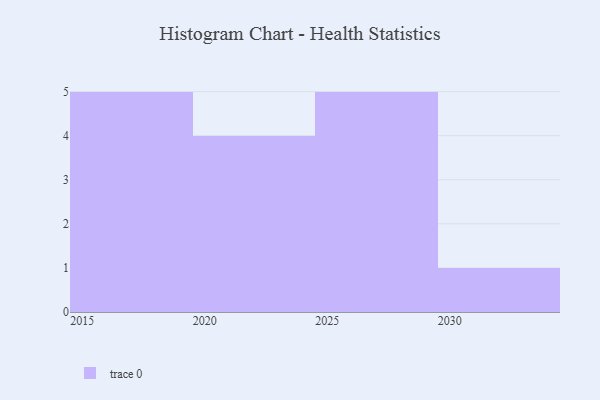
{"axis": {"x": "Year", "y": "Market Share (%)"}, "legend": [""], "data": [{"x": "2026", "y": 61, "type": ""}, {"x": "2021", "y": 64, "type": ""}, {"x": "2015", "y": 51, "type": ""}, {"x": "2030", "y": 68, "type": ""}, {"x": "2029", "y": 76, "type": ""}, {"x": "2016", "y": 90, "type": ""}, {"x": "2020", "y": 49, "type": ""}, {"x": "2023", "y": 21, "type": ""}, {"x": "2024", "y": 72, "type": ""}, {"x": "2028", "y": 52, "type": ""}, {"x": "2025", "y": 39, "type": ""}, {"x": "2019", "y": 22, "type": ""}, {"x": "2018", "y": 65, "type": ""}, {"x": "2017", "y": 97, "type": ""}, {"x": "2027", "y": 25, "type": ""}]}